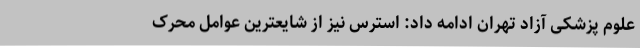
علوم پزشکی آزاد تهران ادامه داد: استرس نیز از شایعترین عوامل محرک